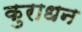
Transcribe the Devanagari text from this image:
कुराधन